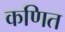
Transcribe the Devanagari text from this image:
कणित